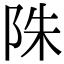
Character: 陎